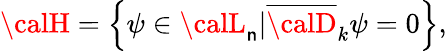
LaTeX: {\calH}=\left\{ \psi\in{\calL}_{\mathsf{n}}|{\overline{{{{\calD}}}}}_{k}\psi=0\right\} ,